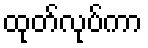
ထုတ်လုပ်ကာ